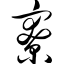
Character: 寮